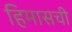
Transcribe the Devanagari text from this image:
हिमासची